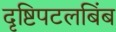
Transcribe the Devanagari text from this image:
दृष्टिपटलबिंब